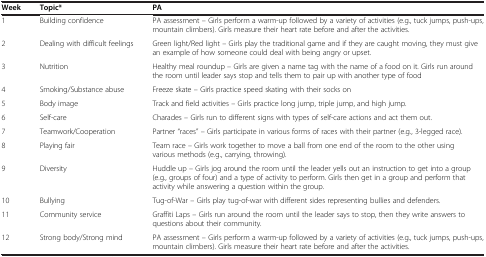
<table><thead><tr><td><b>Week</b></td><td><b>Topic*</b></td><td><b>PA</b></td></tr></thead><tbody><tr><td>1</td><td>Building confidence</td><td>PA assessment – Girls perform a warm-up followed by a variety of activities (e.g., tuck jumps, push-ups, mountain climbers). Girls measure their heart rate before and after the activities.</td></tr><tr><td>2</td><td>Dealing with difficult feelings</td><td>Green light/Red light – Girls play the traditional game and if they are caught moving, they must give an example of how someone could deal with being angry or upset.</td></tr><tr><td>3</td><td>Nutrition</td><td>Healthy meal roundup – Girls are given a name tag with the name of a food on it. Girls run around the room until leader says stop and tells them to pair up with another type of food</td></tr><tr><td>4</td><td>Smoking/Substance abuse</td><td>Freeze skate – Girls practice speed skating with their socks on</td></tr><tr><td>5</td><td>Body image</td><td>Track and field activities – Girls practice long jump, triple jump, and high jump.</td></tr><tr><td>6</td><td>Self-care</td><td>Charades – Girls run to different signs with types of self-care actions and act them out.</td></tr><tr><td>7</td><td>Teamwork/Cooperation</td><td>Partner “races” – Girls participate in various forms of races with their partner (e.g., 3-legged race).</td></tr><tr><td>8</td><td>Playing fair</td><td>Team race – Girls work together to move a ball from one end of the room to the other using various methods (e.g., carrying, throwing).</td></tr><tr><td>9</td><td>Diversity</td><td>Huddle up – Girls jog around the room until the leader yells out an instruction to get into a group (e.g., groups of four) and a type of activity to perform. Girls then get in a group and perform that activity while answering a question within the group.</td></tr><tr><td>10</td><td>Bullying</td><td>Tug-of-War – Girls play tug-of-war with different sides representing bullies and defenders.</td></tr><tr><td>11</td><td>Community service</td><td>Graffiti Laps – Girls run around the room until the leader says to stop, then they write answers to questions about their community.</td></tr><tr><td>12</td><td>Strong body/Strong mind</td><td>PA assessment – Girls perform a warm-up followed by a variety of activities (e.g., tuck jumps, push-ups, mountain climbers). Girls measure their heart rate before and after the activities.</td></tr></tbody></table>